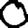
Digit: 0